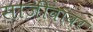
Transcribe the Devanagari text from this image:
साजीवांवर